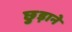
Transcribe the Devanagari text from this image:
छु़ड़ाने